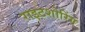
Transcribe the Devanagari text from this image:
राइटशोरिंग